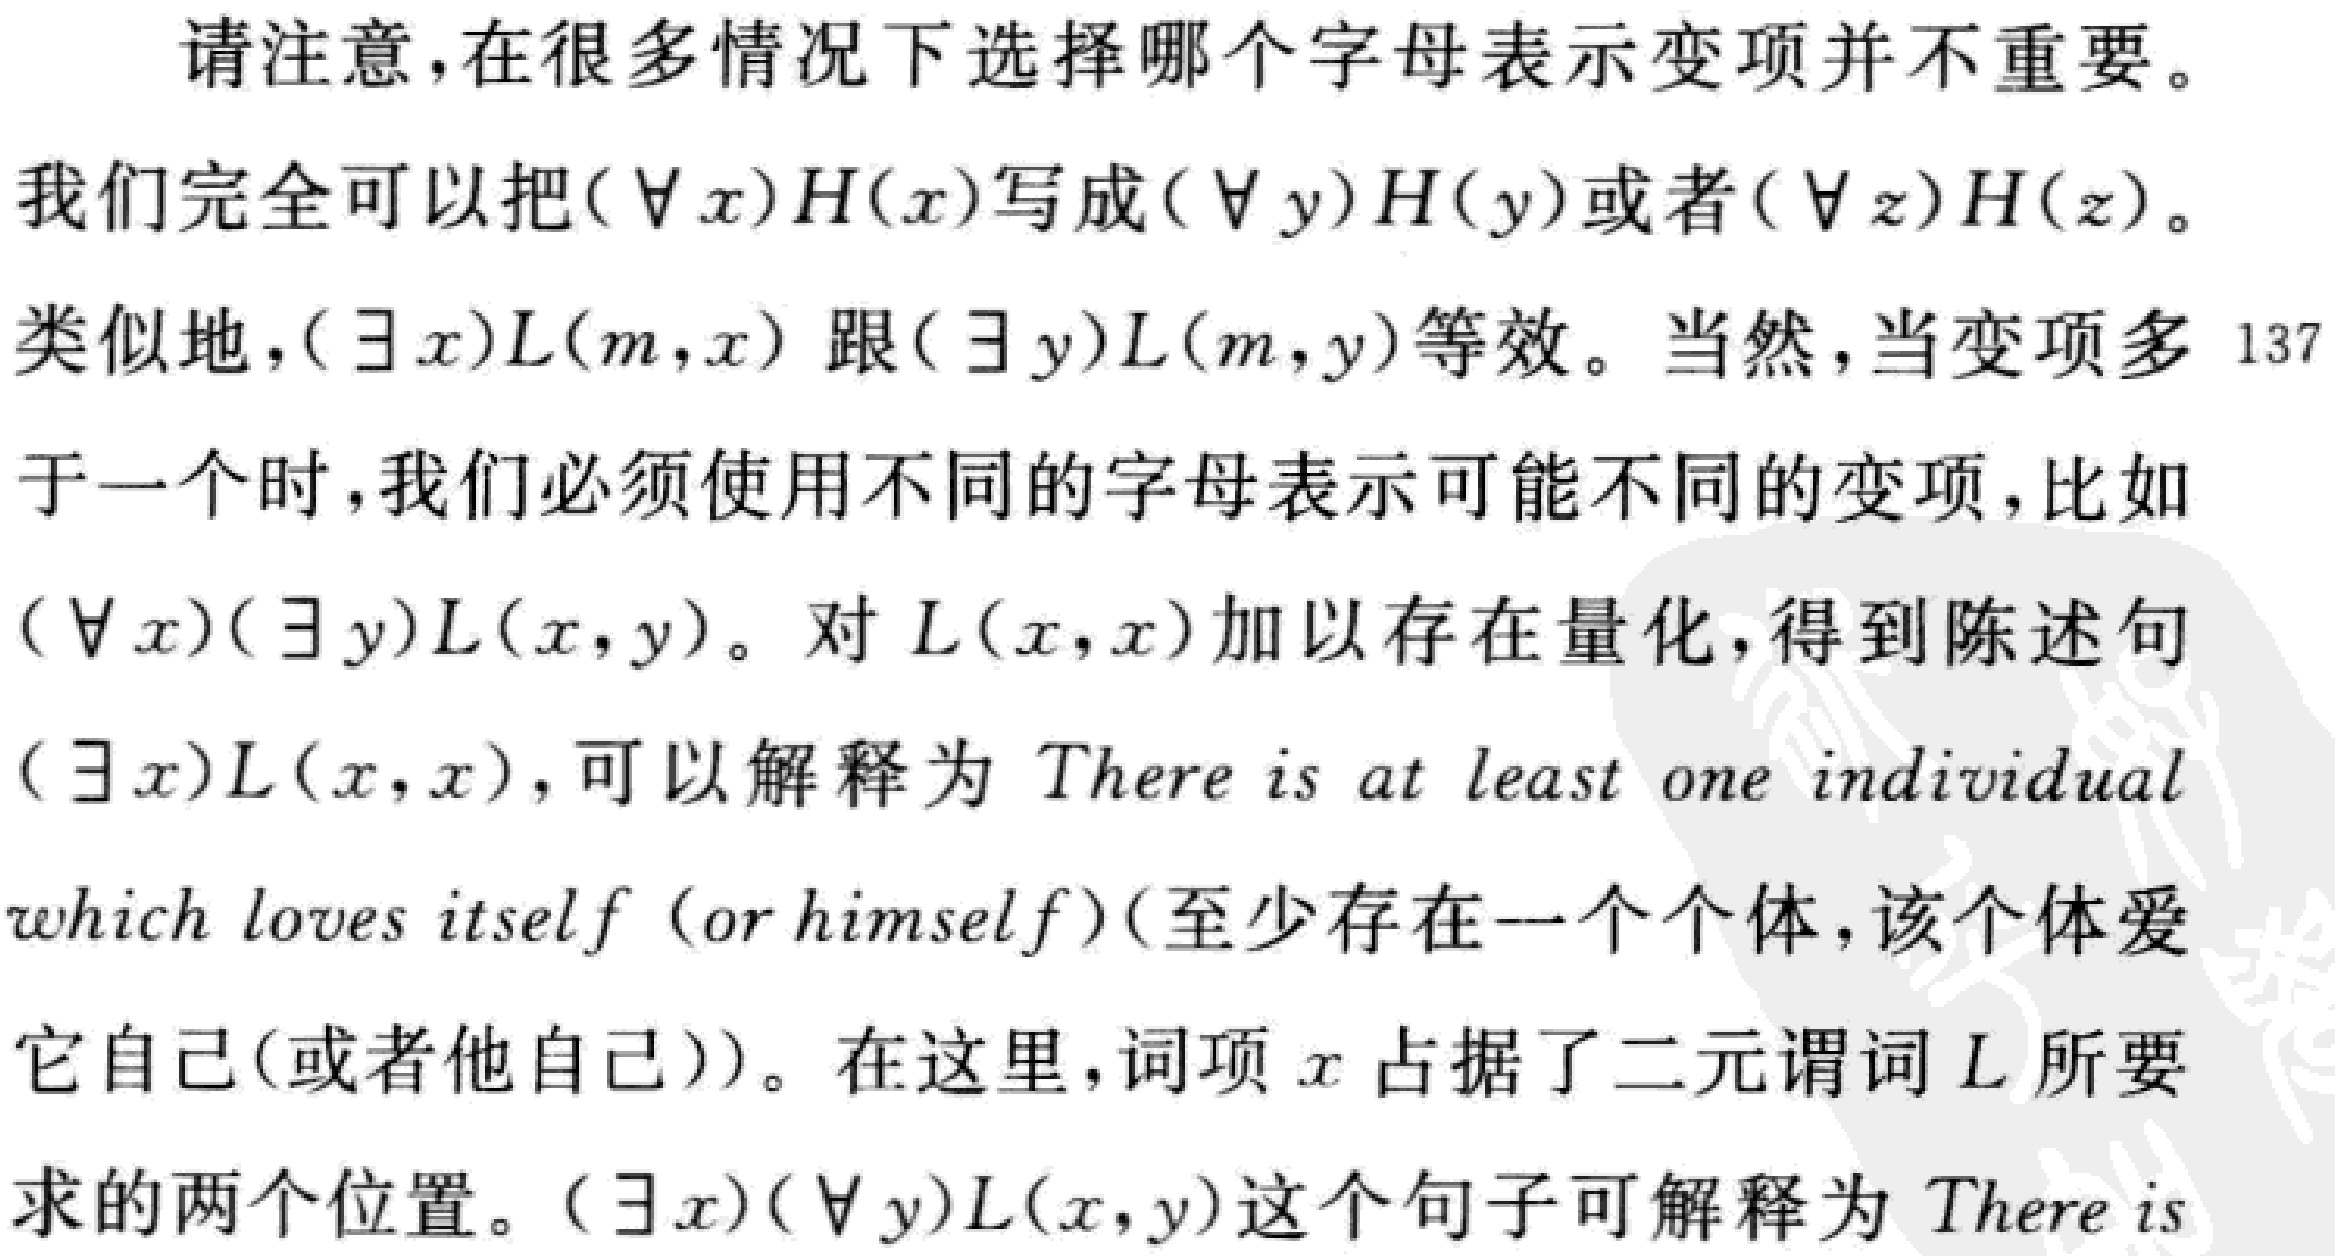
请注意，在很多情况下选择哪个字母表示变项并不重要。
我们完全可以把$(\forall x)H(x)$写成$(\forall y)H(y)$或者$(\forall z)H(z)$。
类似地，$(\exists x)L(m,x)$ 跟$(\exists y)L(m,y)$等效。当然，当变项多于一个时，我们必须使用不同的字母表示可能不同的变项，比如$(\forall x)(\exists y)L(x,y)$。对$L(x,x)$加以存在量化，得到陈述句$(\exists x)L(x,x)$，可以解释为$There\ is\ at\ least\ one\ individual$ $which\ loves\ itself\ (or\ himself)$（至少存在一个个体，该个体爱它自己(或者他自己)）。在这里，词项$x$占据了二元谓词$L$所要求的两个位置。$(\exists x)(\forall y)L(x,y)$这个句子可解释为$There\ is$